Punjab Mental Hospital Lahore 1932-46 - 1932-1946
Year: 1932
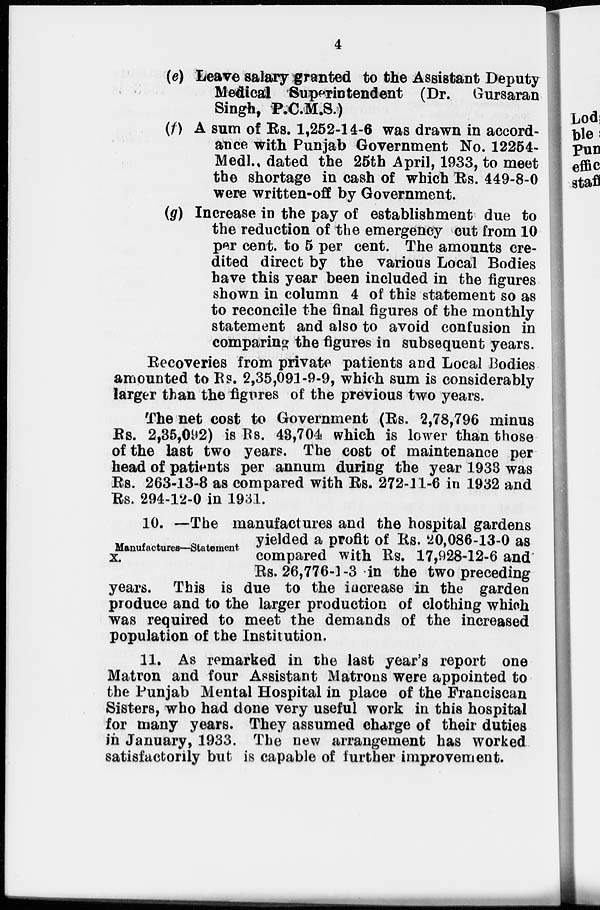
4
(e) Leave salary granted to the Assistant Deputy
Medical Superintendent (Dr. Gursaran
Singh, P.C.M.S.)
(f) A sum of Rs. 1,252-14-6 was drawn in accord-
ance with Punjab Government No. 12254-
Medl., dated the 25th April, 1933, to meet
the shortage in cash of which Rs. 449-8-0
were written-off by Government.
(g) Increase in the pay of establishment due to
the reduction of the emergency cut from 10
per cent. to 5 per cent. The amounts cre-
dited direct by the various Local Bodies
have this year been included in the figures
shown in column 4 of this statement so as
to reconcile the final figures of the monthly
statement and also to avoid confusion in
comparing the figures in subsequent years.
Recoveries from private patients and Local Bodies
amounted to Rs. 2,35,091-9-9, which sum is considerably
larger than the figures of the previous two years.
The net cost to Government (Rs. 2,78,796 minus
Rs. 2,35,092) is Rs. 43,704 which is lower than those
of the last two years. The cost of maintenance per
head of patients per annum during the year 1933 was
Rs. 263-13-8 as compared with Rs. 272-11-6 in 1932 and
Rs. 294-12-0 in 1931.
Manufactures—Statement
10. —The manufactures and the hospital gardens
yielded a profit of Rs. 20,086-13-0 as
compared with Rs. 17,928-12-6 and
Rs. 26,776-1-3 in the two preceding
years. This is due to the increase in the garden
produce and to the larger production of clothing which
was required to meet the demands of the increased
population of the Institution.
11. As remarked in the last year's report one
Matron and four Assistant Matrons were appointed to
the Punjab Mental Hospital in place of the Franciscan
Sisters, who had done very useful work in this hospital
for many years. They assumed charge of their duties
in January, 1933. The new arrangement has worked
satisfactorily but is capable of further improvement.